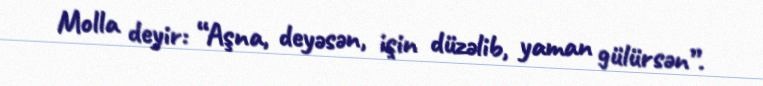
Molla deyir: “Aşna, deyəsən, işin düzəlib, yaman gülürsən”.